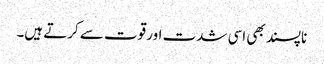
ناپسند بھی اسی شدت اور قوت سے کرتے ہیں۔